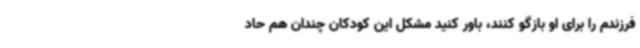
فرزندم را برای او بازگو کنند، باور کنید مشکل این کودکان چندان هم حاد